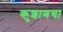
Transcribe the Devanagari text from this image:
कुशाणचा